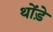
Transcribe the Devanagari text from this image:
थोंड़े